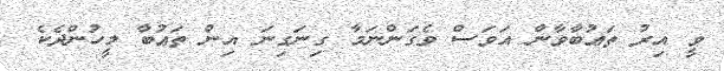
ވީ އިރު ތަޢުބާވާން އަވަސް ވެގަންނަމާ ގިނަގިނަ އިން ތަޢުބާ މީހުންދެކެ